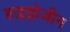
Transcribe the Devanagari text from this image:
हाइड्रोजीन